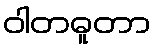
ဝါတဓူတာ